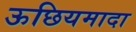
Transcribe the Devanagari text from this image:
ऊछियमादा